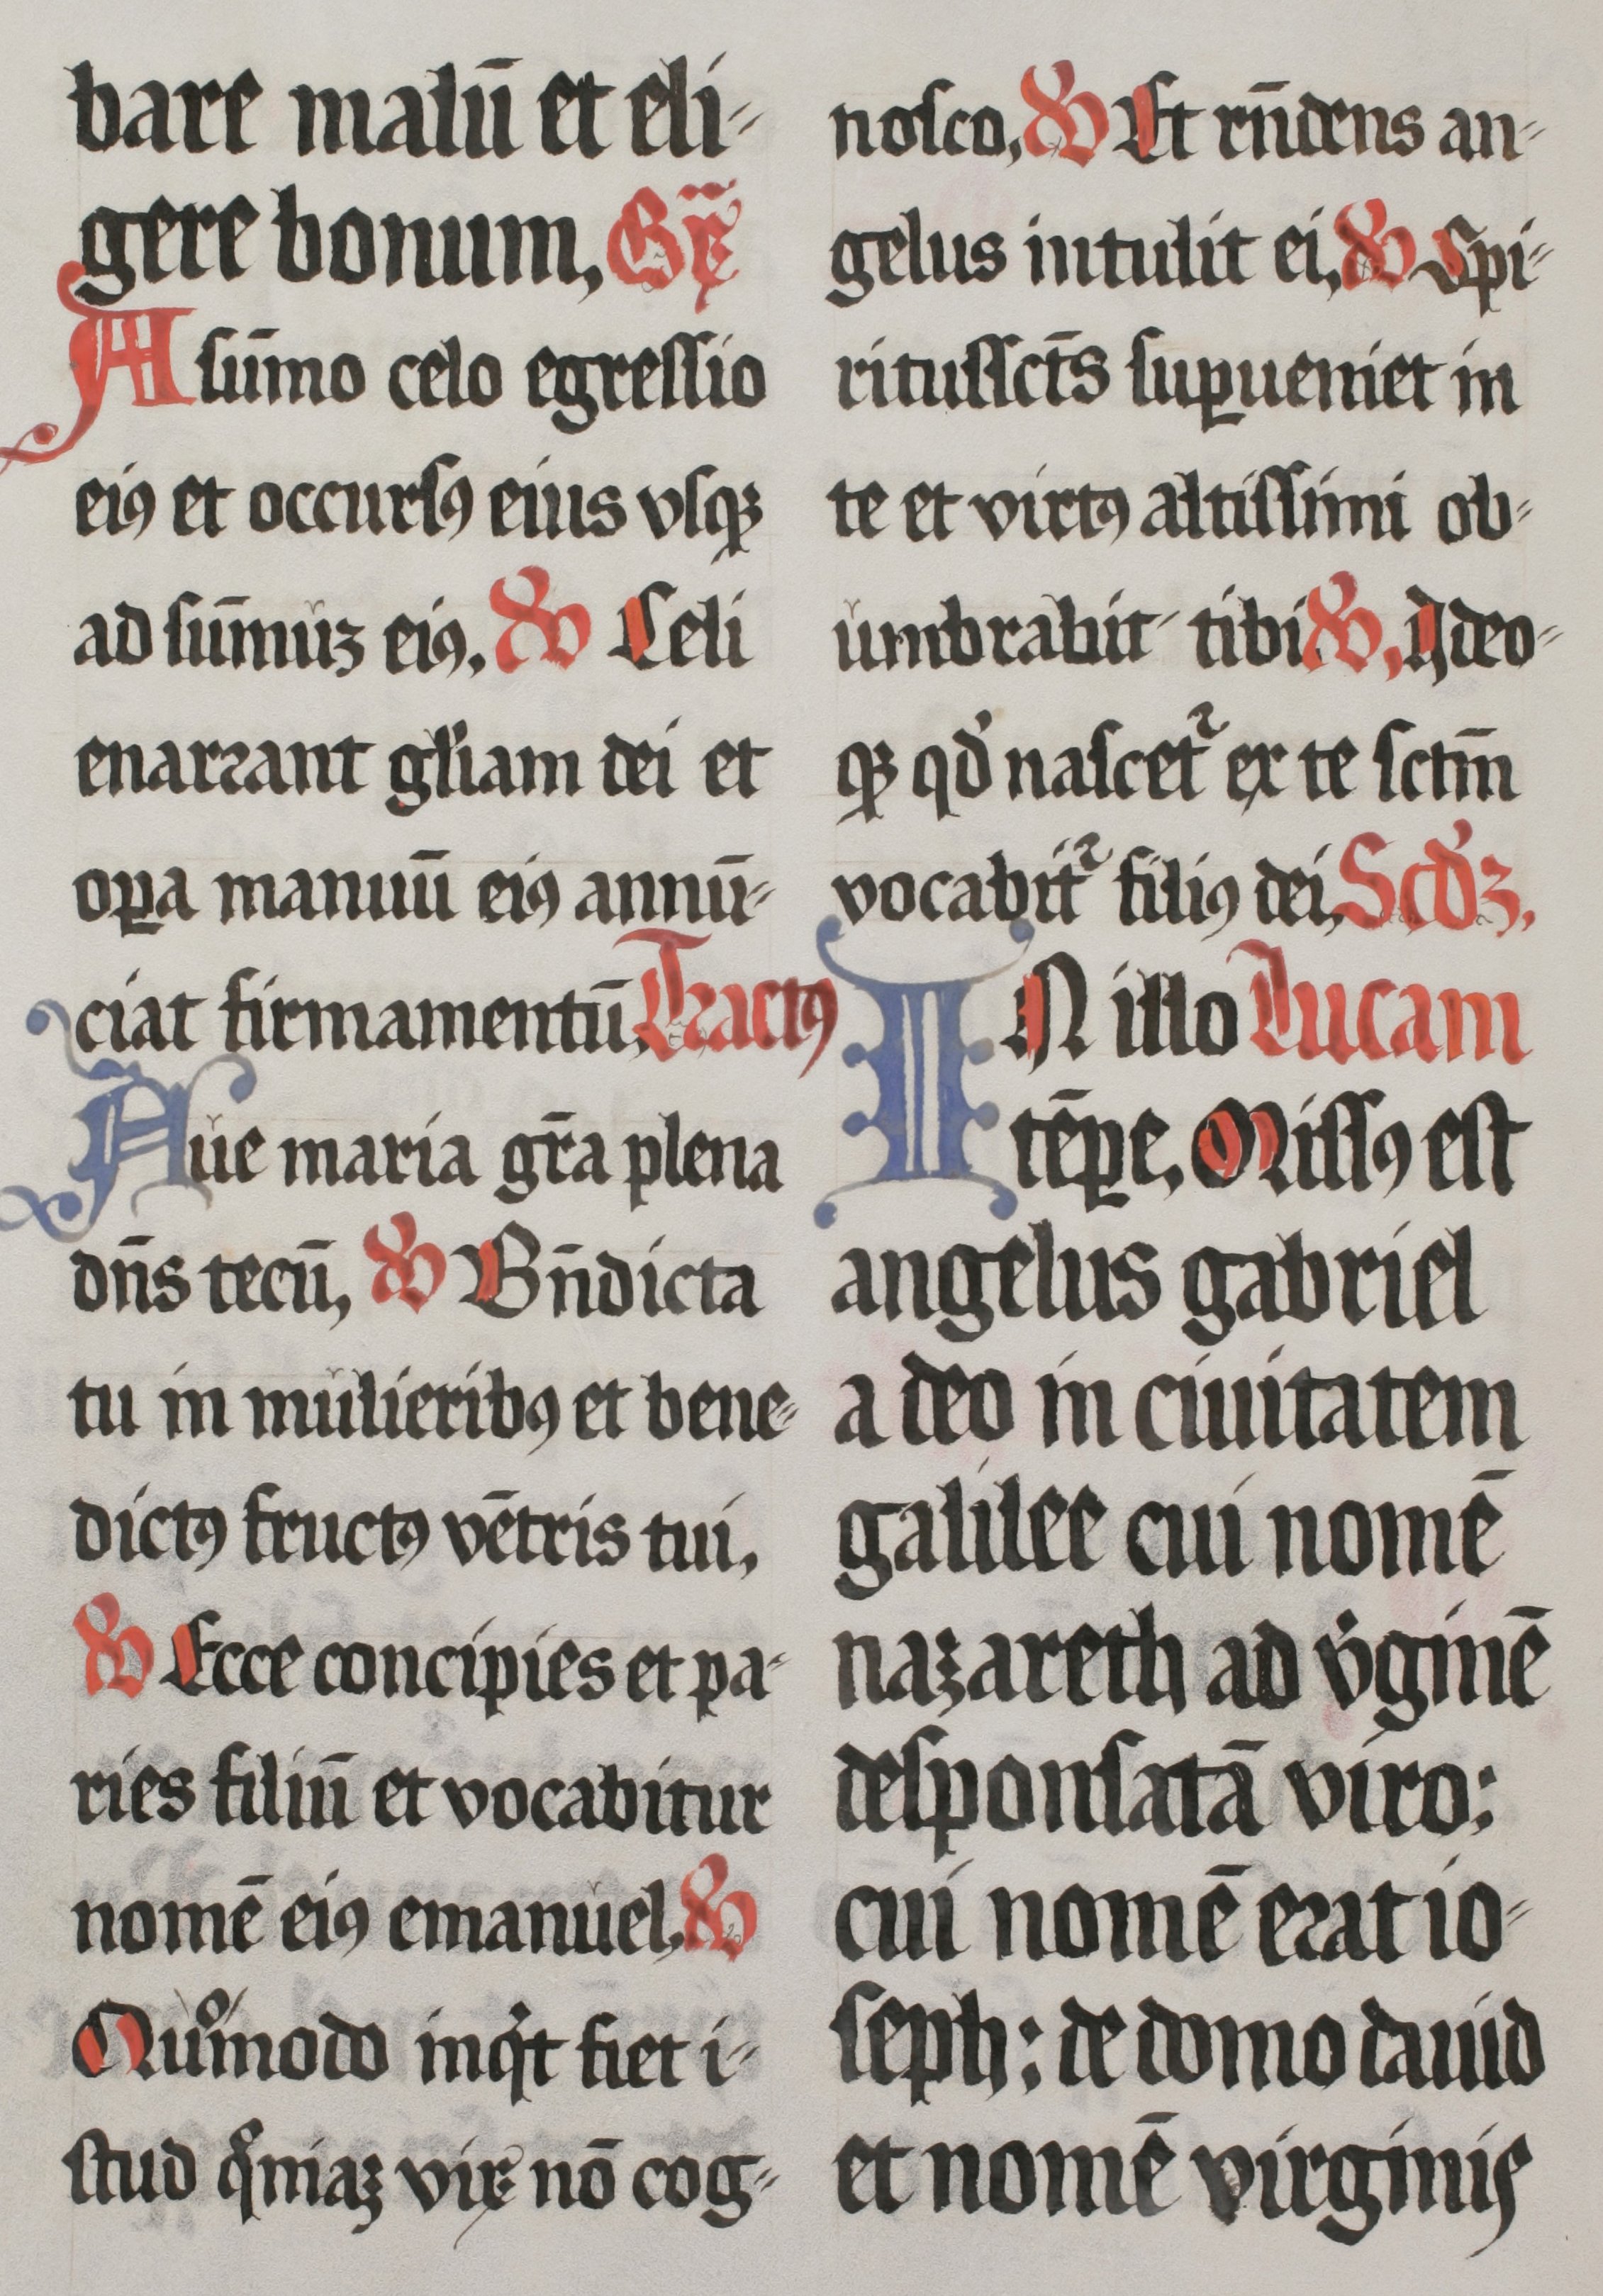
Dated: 1555–1555